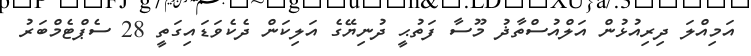
އަމިއްލަ ދިރިއުޅުން އަލްއުސްތާޛު މޫސާ ފަތުޙީ ދުނިޔޭގެ އަލިކަން ދެކެވަޑައިގަތީ 28 ސެޕްޓެމްބަރު